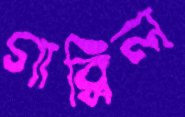
গাব্রিল